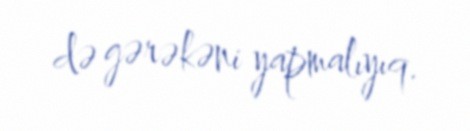
də gərəkəni yapmalıyıq.